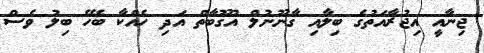
ޖިނާއީ އިޖުރާއަތުގެ ބިލާއި ގާނޫނުލް އުގޫބާތް އަދި ހެއްކާ ބެހޭ ބިލު ވެސް